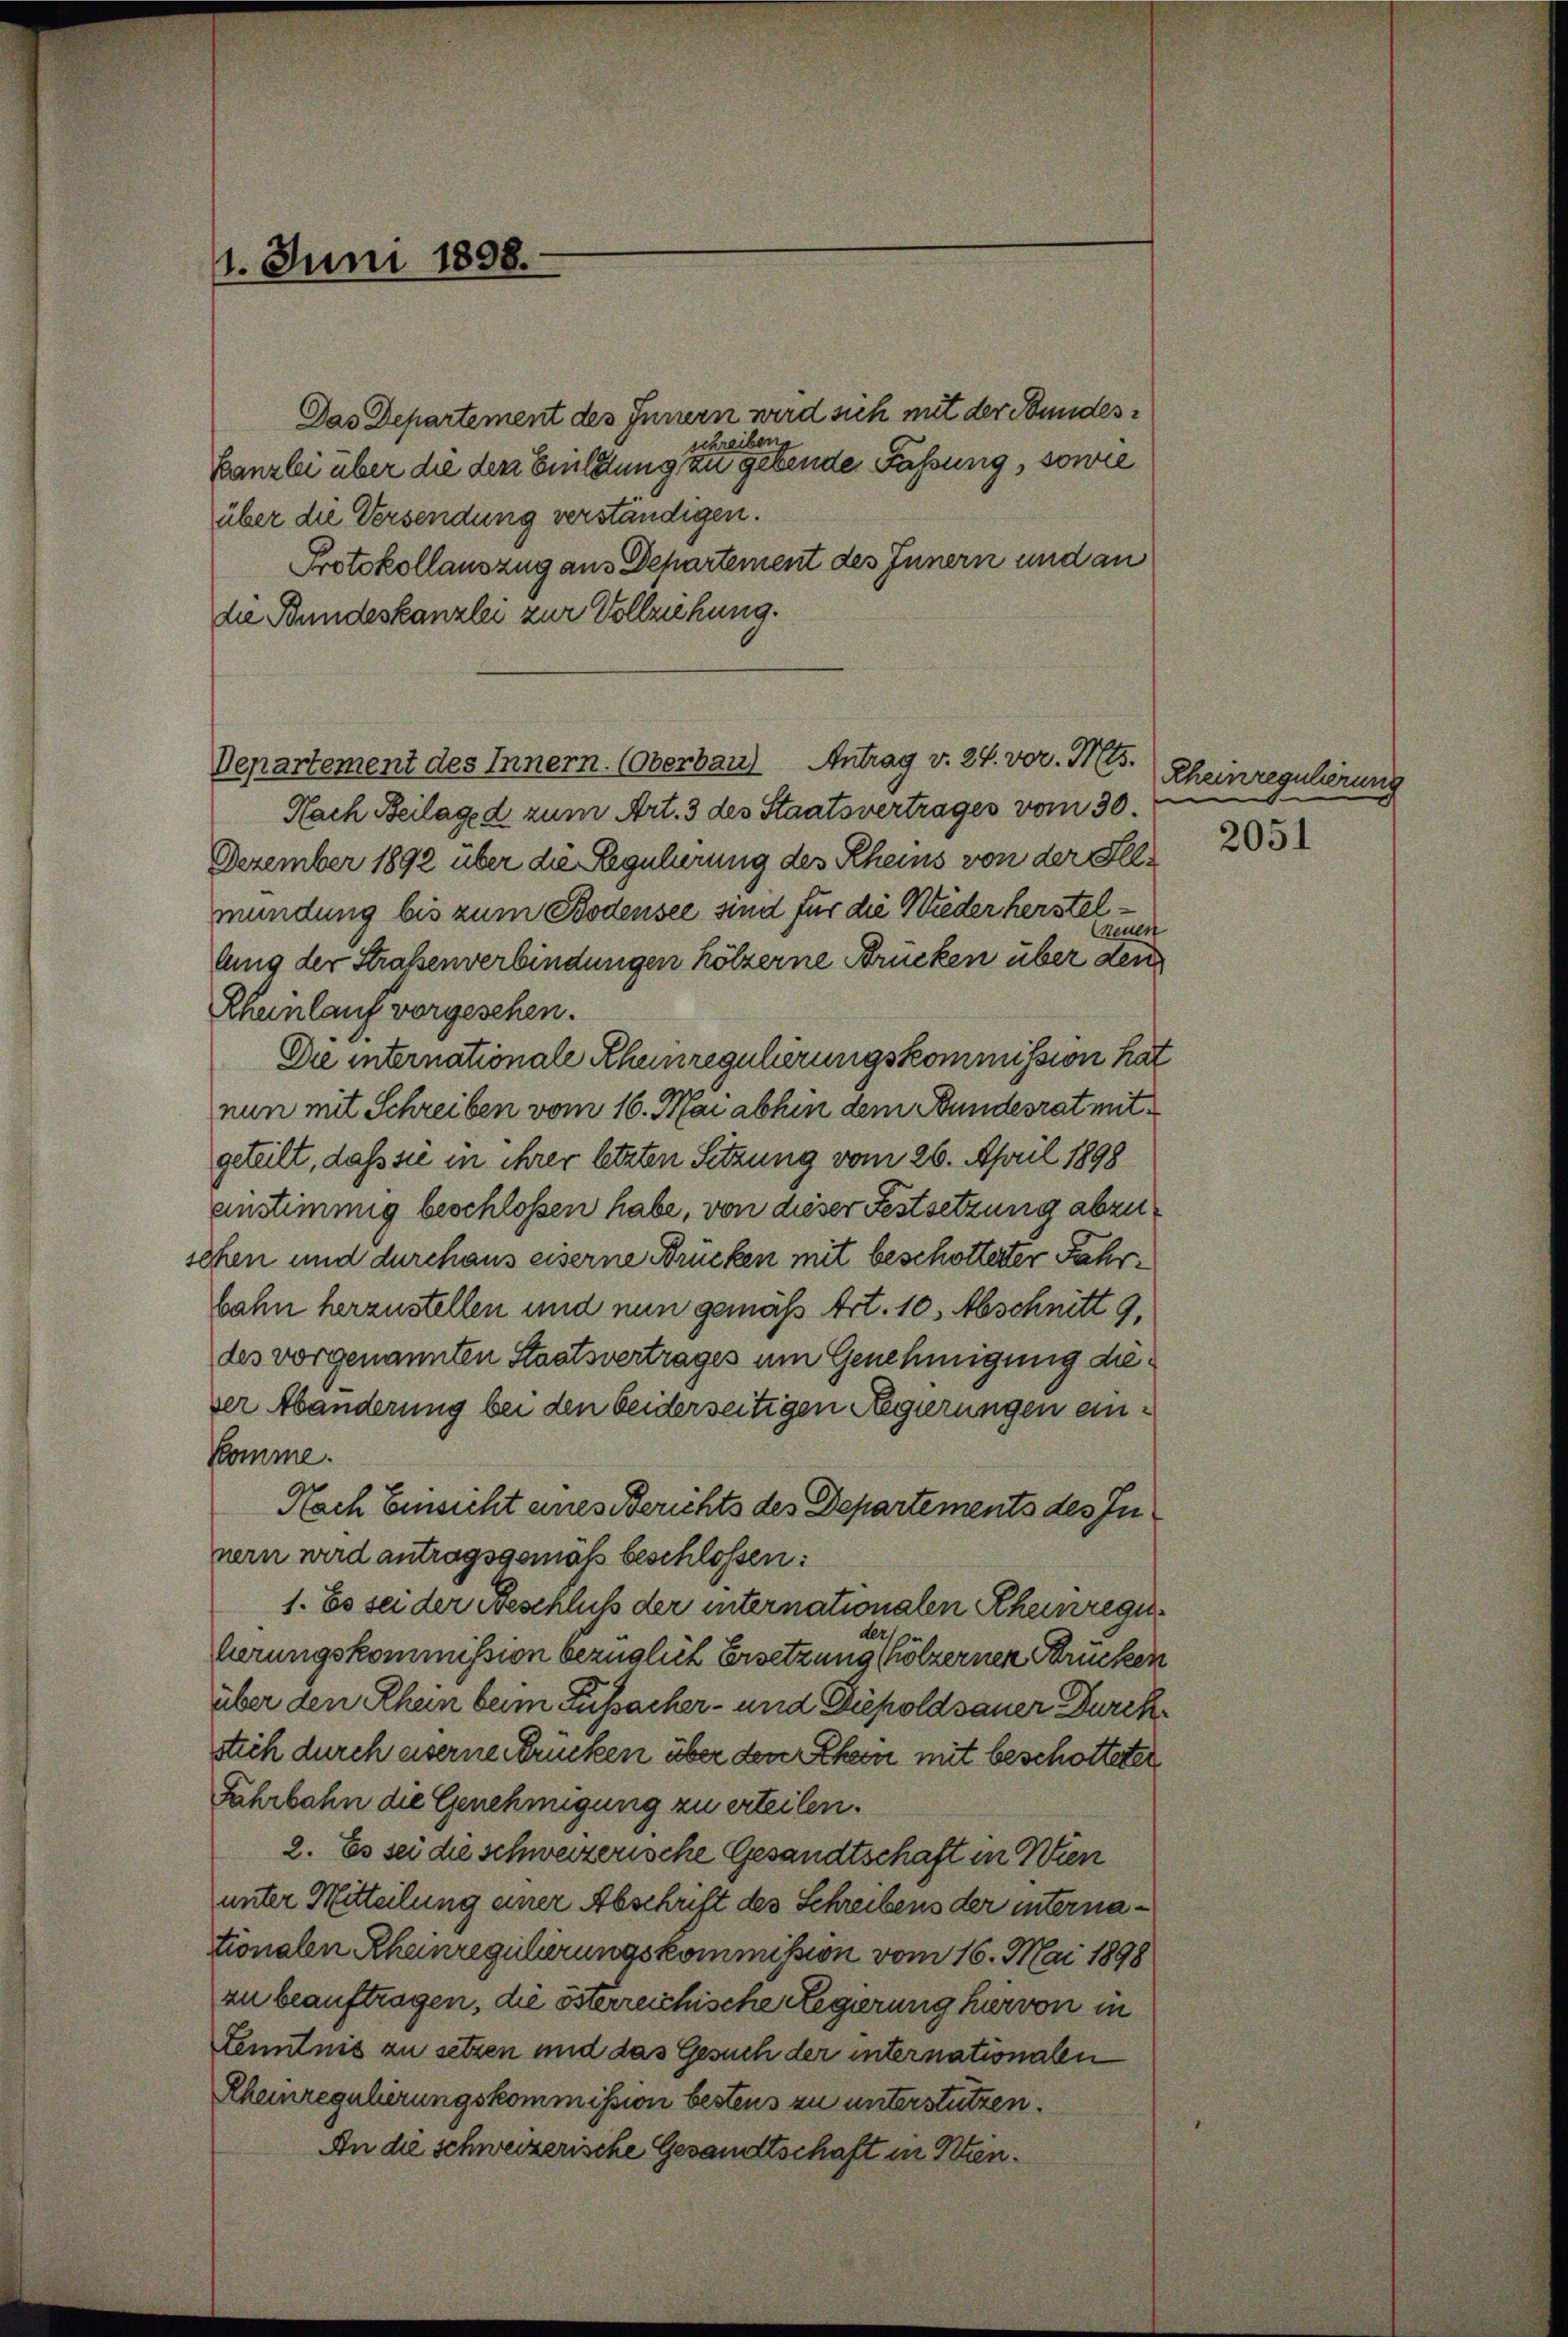
11. Juni 1898.

Das Departement des Innern wird sich mit der Stundesschreiben
Canzlei über die den Bildung zu gebende Faßung, sowie
über die Versendung verständigen.
Protokollauszug aus Departement des Innern und an
die Bundeskanzlei zur Vollziehung.
Departement des Innern. (Oberbau Antrag v. 24. vor. Mts.
Nach Beilage d zum Art. 3 des Staatsvertrages vom 30.
Dezember 1892 über die Regulierung des Rheins von der Illmündung bis zum Bodensee sind für die Wiederherstelneuen
lung der Straßenverbindungen hölzerne Brücken über den
Rheinlauf vorgesehen.
Die internationale Rhunregulierungskommission hat
nun mit Schreiben vom 16. Mai abhin dem Bundesrat mitgeteilt, daß sie in ihrer letzten Sitzung vom 26. April 1898
einstimmig beschloßen habe, von dieser Festsetzung abzuchen und durchaus eiserne Brücken mit beschotterter Jahrbahn herzustellen und nun gemäß Art. 10. Abschnitt 9.
des vorgenannten Staatsvertrages um Genehmigung dieser Abänderung bei den beiderseitigen Regierungen ein¬
Komme.
Nach Einsicht eines Berichts des Departements des Innern wird antragsgemäß beschlossen:
1. Es sei der Beschluss der internationalen Rheinregieder
herungskommission bezüglich Ersetzung mölzernen Strücken
über den Rhein beim Fussacher- und Diepoldsauer Durckstich durch eiserne drücken über den Rhein mit beschotteter
Fahrbahn die Genehmigung zu erteilen.
2. Es sei die schweizerische Gesandtschaft in Wien
unter Mitteilung einer Abschrift des Schreibens der internationalen Rheinregulierungskommission vom 16. Mai 1898
zu beauftragen, die österreichische Regierung hervon in
Lenntnis zu setzen und das Gesuch der internationalen
Rheinregulirungskommission bestens zu unterstützen.
An die schweizerische Gesandtschaft in Ken¬

Rheinregulierung

2051